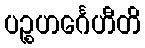
ပဉ္စဟင်္ဂေဟီတိ